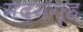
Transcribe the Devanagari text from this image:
मदयगृह